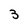
Character: 3